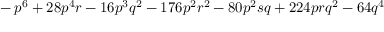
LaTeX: { } - p ^ { 6 } + 2 8 p ^ { 4 } r - 1 6 p ^ { 3 } q ^ { 2 } - 1 7 6 p ^ { 2 } r ^ { 2 } - 8 0 p ^ { 2 } s q + 2 2 4 p r q ^ { 2 } - 6 4 q ^ { 4 }